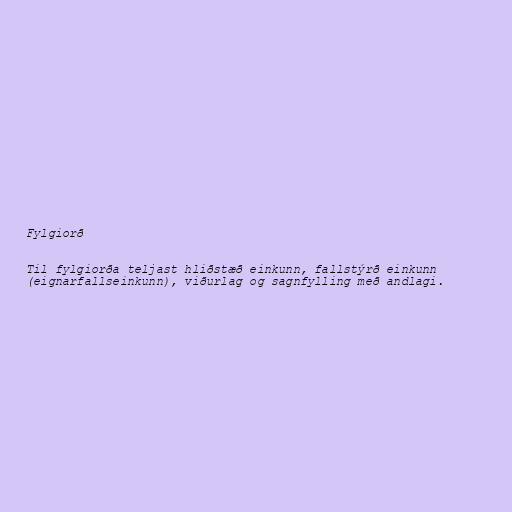
Fylgiorð

Til fylgiorða teljast hliðstæð einkunn, fallstýrð einkunn
(eignarfallseinkunn), viðurlag og sagnfylling með andlagi.